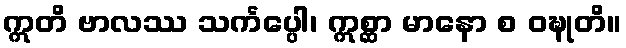
ဣတိ ဗာလဿ သင်္ကပ္ပေါ၊ ဣစ္ဆာ မာနော စ ဝဍ္ဎုတိ။